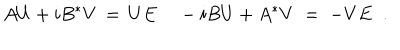
A U + i B ^ { * } V \, = \, U E \; - i B U + A ^ { * } V \; = \; - V E \; \; .